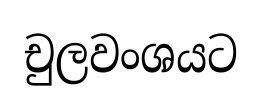
චුලවංශයට